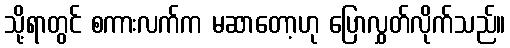
သို့ရာတွင် စကားလက်က မဆာတော့ဟု ပြောလွှတ်လိုက်သည်။